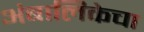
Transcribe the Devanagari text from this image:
अंबालिकेचा